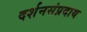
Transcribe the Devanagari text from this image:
दर्शनसंप्रदाय